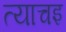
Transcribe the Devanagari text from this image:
त्याचइ